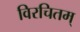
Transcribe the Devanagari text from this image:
विरचितम्